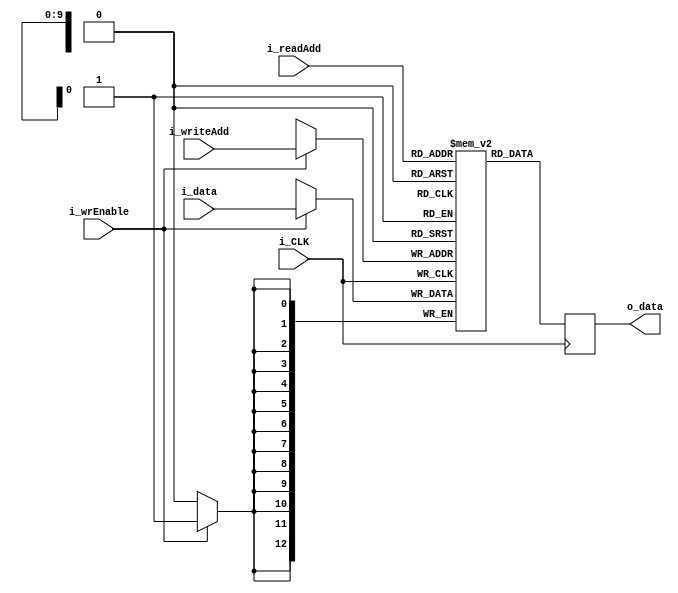
// This program was cloned from: https://github.com/ivanvig/2dconv-FPGA
// License: MIT License

`timescale 1ns / 1ps

`define RAM_WIDTH 13


module BRAM( i_wrEnable, i_CLK, i_writeAdd, i_readAdd, i_data, o_data );
    
    parameter RAM_WIDTH = `RAM_WIDTH;    
    parameter NB_ADDRESS= 10;
    parameter INIT_FILE = "";
    localparam RAM_DEPTH=(2**NB_ADDRESS)-1;
    
    
//Definicin de puertos
    input                    i_wrEnable;
    input                i_CLK;
    input [NB_ADDRESS-1:0] i_writeAdd;
    input [NB_ADDRESS-1:0] i_readAdd;
    input [RAM_WIDTH - 1:0] i_data;
    
    output [RAM_WIDTH-1:0] o_data;


    
    reg [RAM_WIDTH-1:0]  BRAM [RAM_DEPTH:0];
    reg [RAM_WIDTH-1:0] dout_reg;
    integer        ram_index;
    
    generate
        if (INIT_FILE != "") begin: use_init_file
            initial
                $readmemh(INIT_FILE, BRAM, 0, RAM_DEPTH);
        end else begin: init_bram_to_zero
            integer ram_index;
            initial
                for (ram_index = 0; ram_index < RAM_DEPTH; ram_index = ram_index + 1)
                    BRAM[ram_index] = {RAM_WIDTH{1'b0}};
        end
    endgenerate

    always @(posedge i_CLK) begin
	      dout_reg<=BRAM[i_readAdd];
	      if(i_wrEnable) begin
			      BRAM[i_writeAdd]<=i_data;			
	      end
    end

    assign{o_data}=dout_reg;
    
endmodule